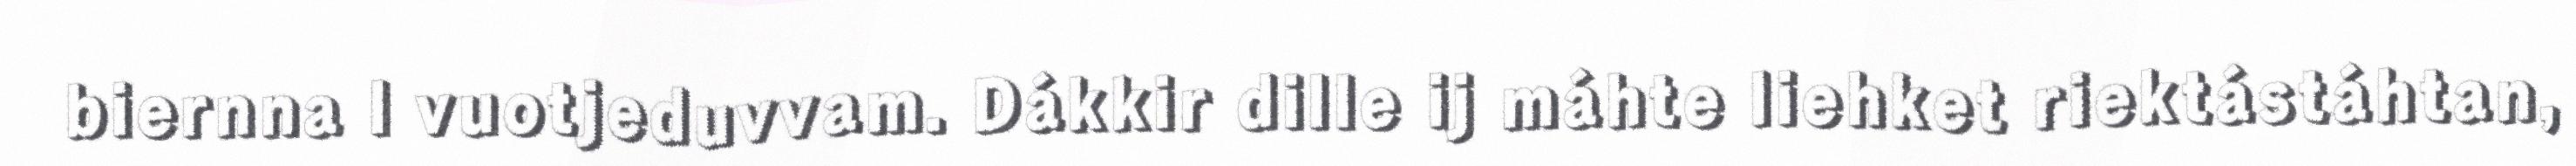
biernna l vuotjeduvvam. Dákkir dille ij máhte liehket riektástáhtan,